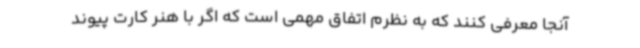
آنجا معرفی کنند که به نظرم اتفاق مهمی است که اگر با هنر کارت پیوند